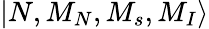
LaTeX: {|N,M_{N},M_{s},M_{I}\rangle}